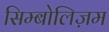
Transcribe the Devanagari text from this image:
सिम्बोलिज़म